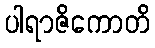
ပါရာဇိကောတိ